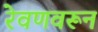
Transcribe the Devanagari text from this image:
रेवणवरून